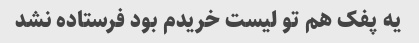
یه پفک هم تو لیست خریدم بود فرستاده نشد